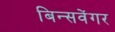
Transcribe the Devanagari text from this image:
बिन्सवेंगर